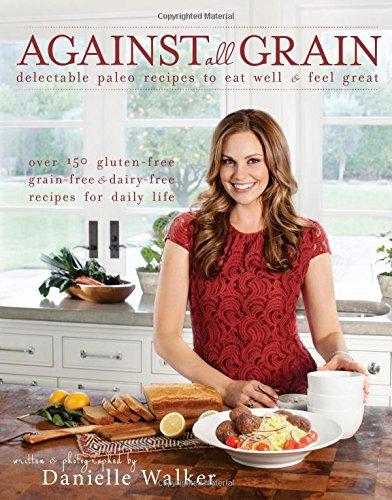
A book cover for Against All Grain: Delectable Paleo Recipes to Eat Well & Feel Great; Danielle Walker; Cookbooks, Food & Wine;